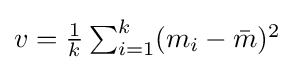
\textstyle v={\frac {1}{k}}\sum _{i=1}^{k}(m_{i}-{\bar {m}})^{2}